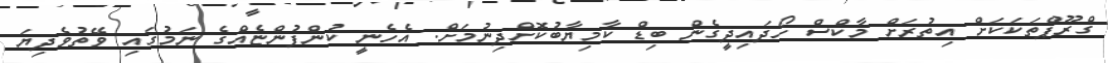
ގްރޫޕްތަކަކަށް އިތުރަށް މާކްސް ހޯދައިދީގެން ބިޑް ކާމިޔާބުކޮށްދިނުމަށް. އެހެނީ ކުންފުންޏެއްގެ ނަމުގައި ވޭތުވެދިޔަ